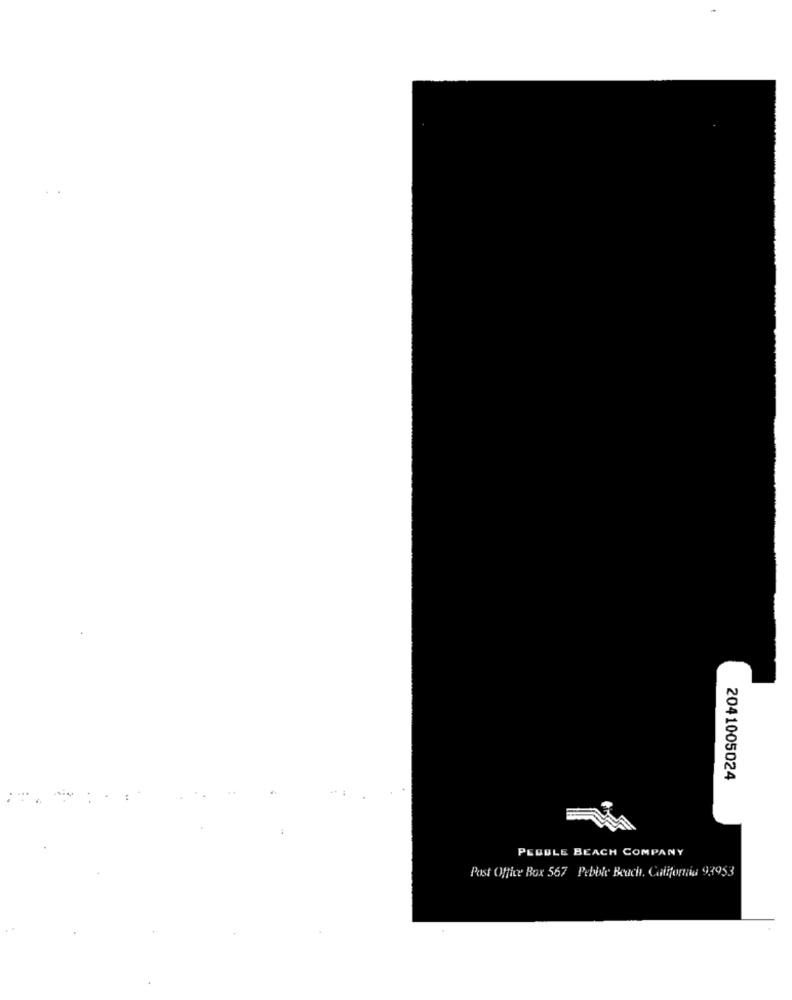
2041005024
PEBBLE BEACH COMPANY
Post Office Box 567 Pebile Beuch. California 93953